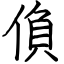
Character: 偩